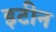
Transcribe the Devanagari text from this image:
इटीन